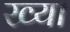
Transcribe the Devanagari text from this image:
ख्या